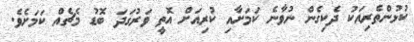
ކުޅުންތެރިއަކު ދެކިގެން ނުވާނެ ކަމަށާއި ކުރިއަށް އޮތީ ވަރުގަދަ ބޮޑު މެޗެއް ކަމަށެވެ.